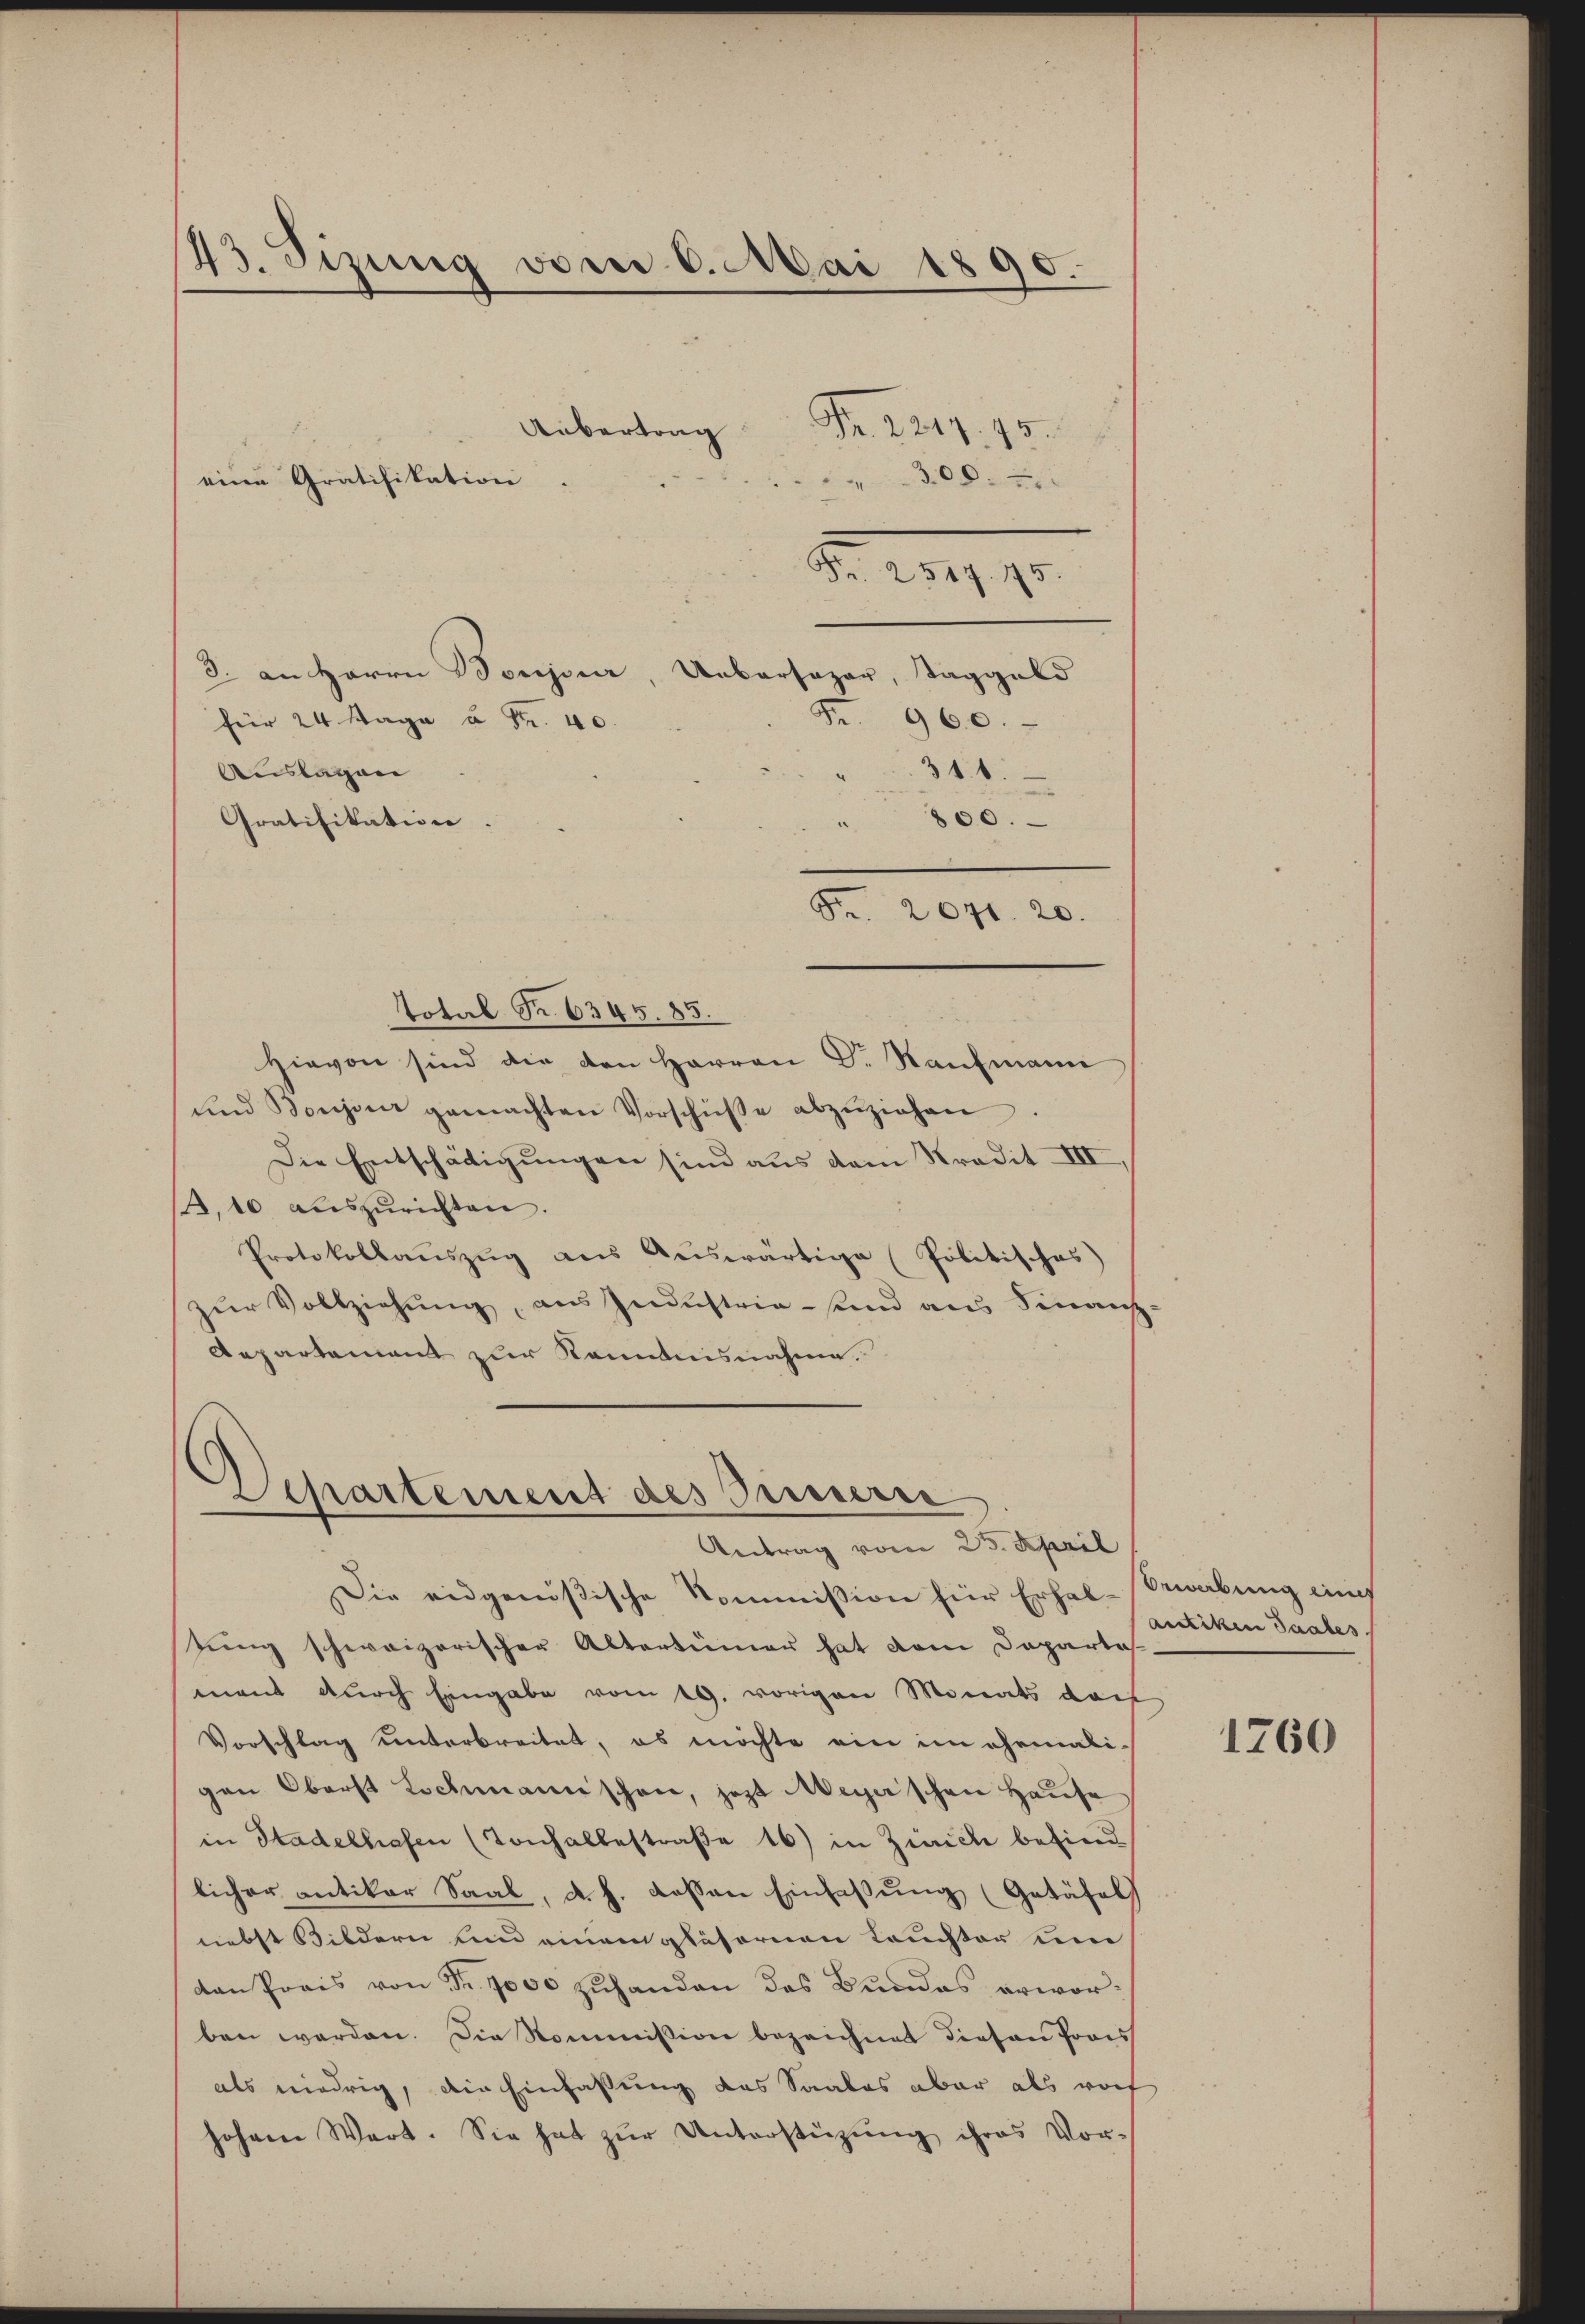
43. Sizung vom 6. Mai 1890.

Uebertrag
3. an Herrn Boujour, Uebersazar, Taggeld
Fr. 960.
für 24 Maga u Fr. 40.
Auslagen
316.
Gratifikation.
800.
Fr. 2071. 20.
Total Nr. 6345. 85.
Hievon sind die den Herren Dr. Kaufmann
ŭnd Bonzoni gemachten Vorschüße abzŭziehen.
Die Entschädigungen sind aus dem Kredit III,
.10 auszurichten.
Protokollaŭszŭg aŭs Aŭswärtige Politisches
zur Vollziehung, aus Industria - sind aus Finanz
Aepartement zur Kenntnisnahme.

eine Gratifikation

Nr. 2217. 18.
308:
Z. 1890.

Departement des Innerne
Antrag vom 23. April

Die eidgenößische Kommission für Erhal-Bewabung eines
sung schweizerischen Altertümer hat dem Departe
ment durch Eingabe vom 19. vorigen Monats darf
Vorschlag unterbreitet, es möchte ein im ehemaligen Oberst Lochmannschen, jetzt Meyer schon Hause
in Stadelhofen (Tonhalbestraße 16) in Zürich befind
licher antiker Saal, d. h. dessen Einfaßung (Getäfels
nebst Bildern und einem gläsernen Leuchter um
dan Prais von Fr. 7000 zŭhanden das Bundes erworben werden. Die Kommission bezeichnet diesen Prois
als niedrig, die Einfassung das Saales aber als roch
hohem Wert. Sie hat zŭr Unterstützŭng ihres Vor-

antiken Saates

1760